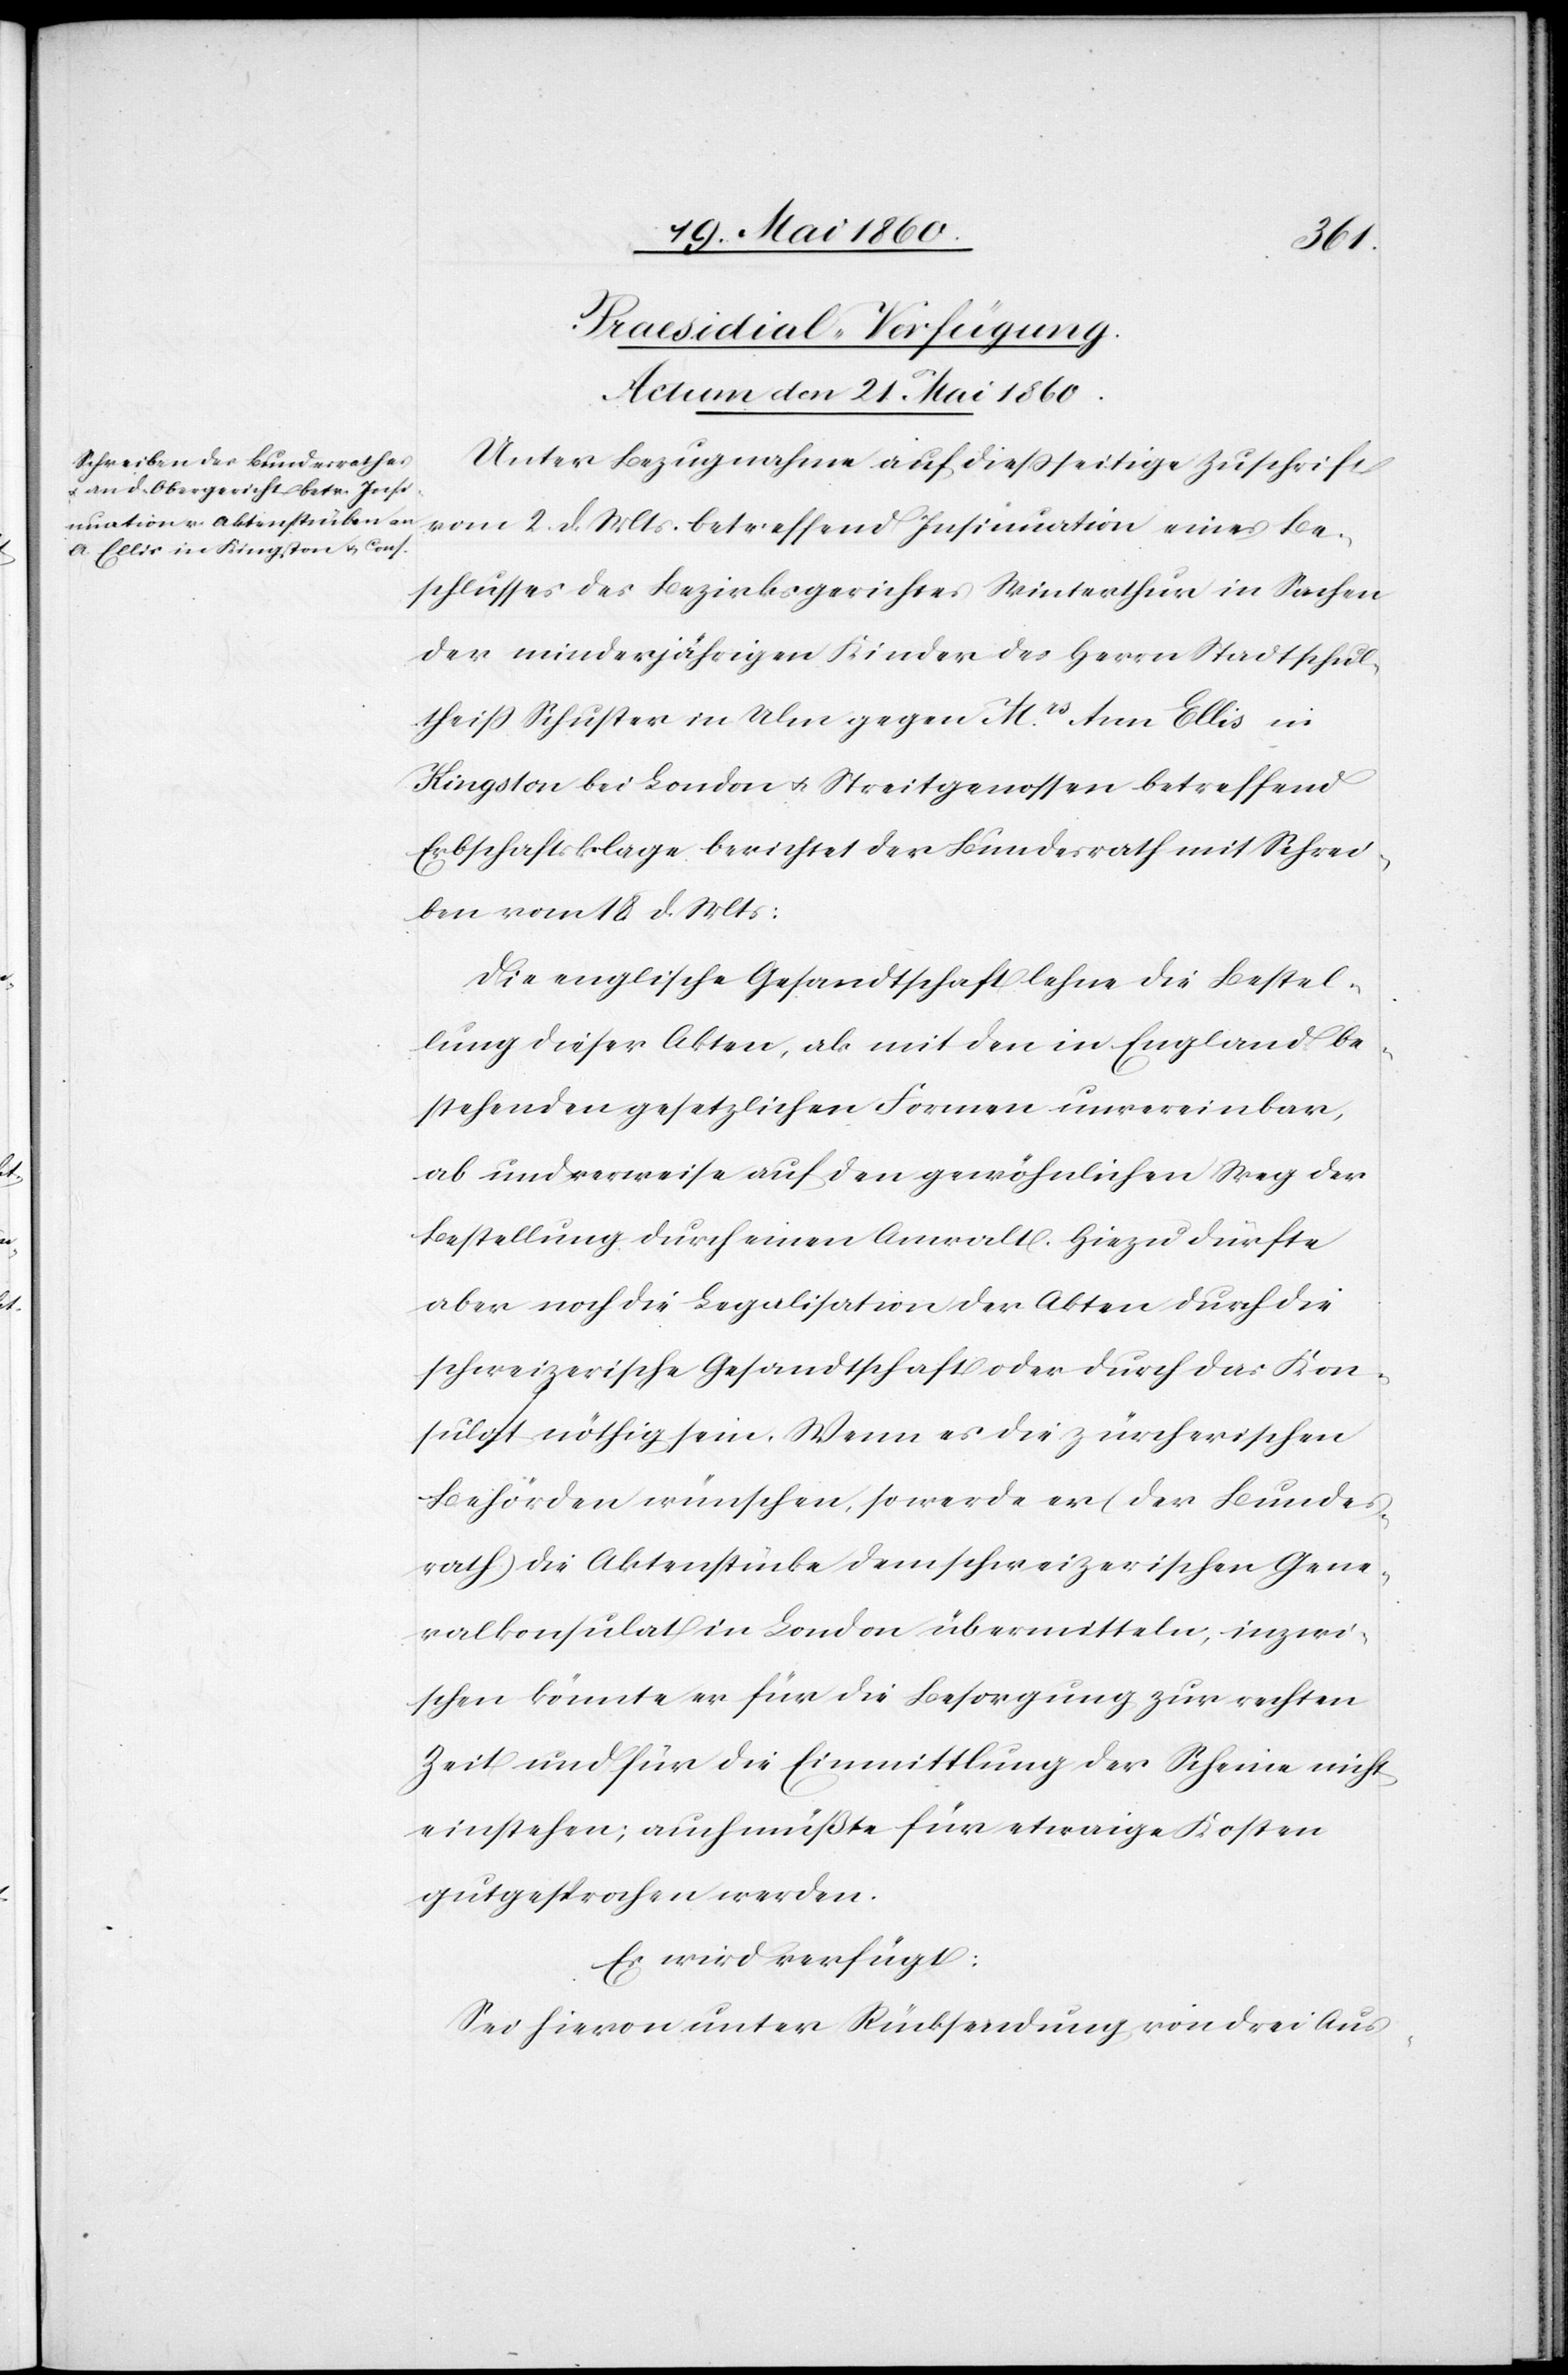
Praesidial-Verfügung.
Actum den 21. Mai 1860.
Unter Bezugnahme auf diesseitige Zuschrift
vom 2. d. Mts. betreffend Insinuation eines Be¬
schlusses des Bezirksgerichtes Winterthur in Sachen
der minderjährigen Kinder des Herrn Stadtschul¬
theiss Schuster in Ulm gegen Mrs Ann Ellis in
Kingston bei London u. Streitgenossen betreffend
Erbschaftsklage berichtet der Bundesrath mit Schrei¬
ben vom 18. d. Mts:
Die englische Gesandtschaft lehne die Bestel¬
lung dieser Akten, als mit den in England be¬
stehenden gesetzlichen Formen unvereinbar,
ab und verweise auf den gewöhnlichen Weg der
Bestellung durch einen Anwalt. Hiezu dürfte
aber noch die Legalisation der Akten durch die
schweizerische Gesandtschaft oder durch das Kon¬
sulat nöthig sein. Wenn es die zürcherischen
Behörden wünschen, so werde er (der Bundes¬
rath) die Aktenstücke dem schweizerischen Gene¬
ralkonsulat in London übermitteln, inzwi¬
schen könnte er für die Besorgung zur rechten
Zeit und für die Einmittlung der Scheine nicht
einstehen; auch müßte für etwaige Kosten
gutgesprochen werden.
Es wird verfügt:
Sei hievon unter Rücksendung von drei Aus-